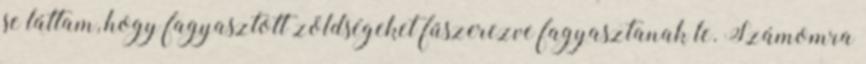
se láttam, hogy fagyasztott zöldségeket fűszerezve fagyasztanak le. Számomra